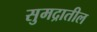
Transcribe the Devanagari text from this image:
सुमद्रातील